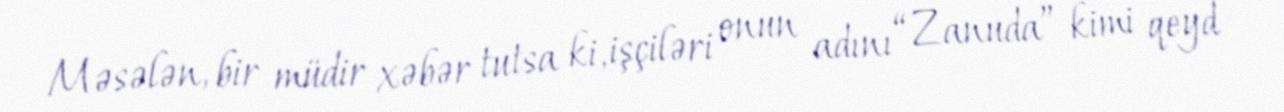
Məsələn, bir müdir xəbər tutsa ki, işçiləri onun adını “Zanuda” kimi qeyd